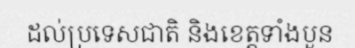
ដល់ប្រទេសជាតិ និងខេត្តទាំងបួន